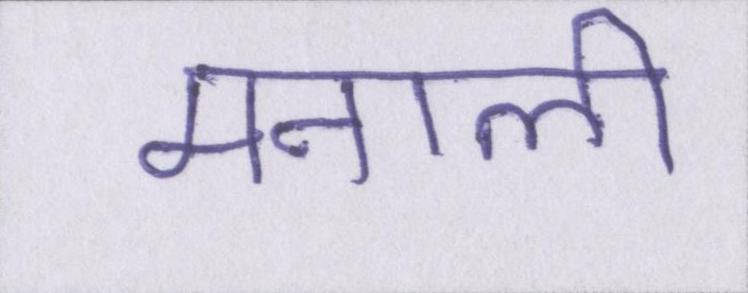
मनाली